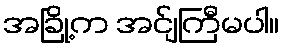
အခြို့က အင်ျကြီမပါ။